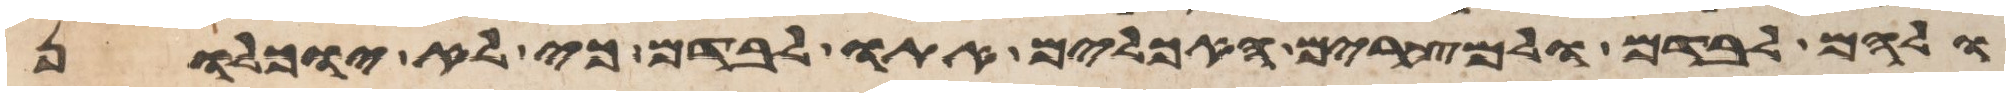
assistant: ולהם לבדם ולמצרים האכלים אתו לבדם כי לא יוכלון